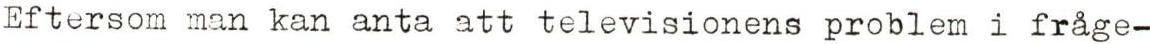
Eftersom man kan anta att televisionens problem i fråge-